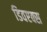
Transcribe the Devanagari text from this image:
डिवएक्स